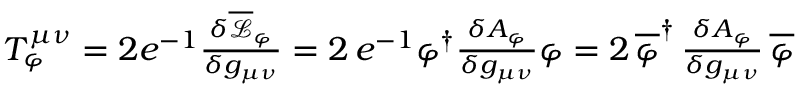
\begin{array} { r } { T _ { \varphi } ^ { \mu \nu } = 2 e ^ { - 1 } \frac { \delta \overline { { \mathcal { L } } } _ { \varphi } } { \delta g _ { \mu \nu } } = 2 \, e ^ { - 1 } \varphi ^ { \dag } \frac { \delta A _ { \varphi } } { \delta g _ { \mu \nu } } \varphi = 2 \, \overline { { \varphi } } ^ { \dag } \, \frac { \delta A _ { \varphi } } { \delta g _ { \mu \nu } } \, \overline { { \varphi } } } \end{array}